Plague in India, 1896, 1897 - Volume 3
Year: 1896
Disease focus: Plague
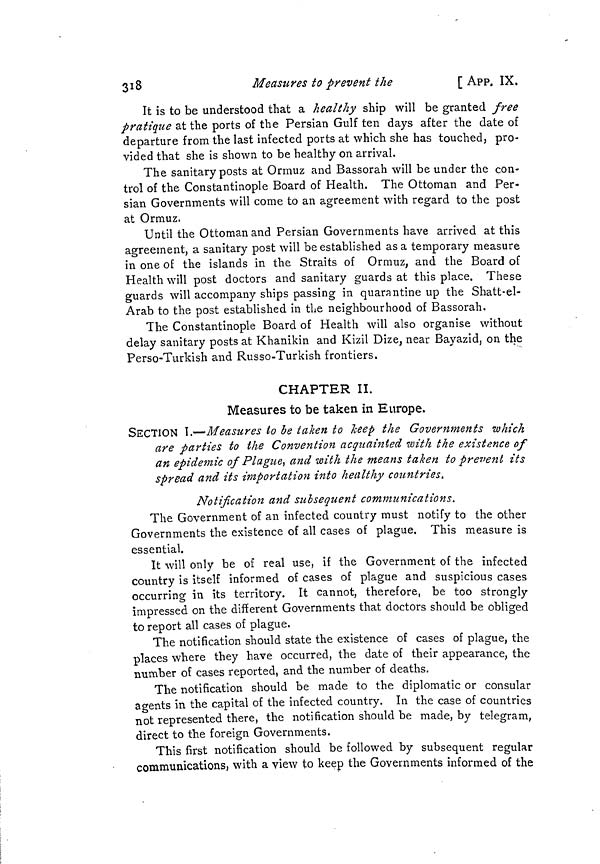
318
Measures to prevent the
[ APP. IX.
It is to be understood that a healthy ship will be granted free
pratique at the ports of the Persian Gulf ten days after the date of
departure from the last infected ports at which she has touched, pro-
vided that she is shown to be healthy on arrival.
The sanitary posts at Ormuz and Bassorah will be under the con-
trol of the Constantinople Board of Health. The Ottoman and Per-
sian Governments will come to an agreement with regard to the post
at Ormuz.
Until the Ottoman and Persian Governments have arrived at this
agreement, a sanitary post will be established as a temporary measure
in one of the islands in the Straits of Ormuz, and the Board of
Health will post doctors and sanitary guards at this place. These
guards will accompany ships passing in quarantine up the Shatt-el-
Arab to the post established in the neighbourhood of Bassorah.
The Constantinople Board of Health will also organise without
delay sanitary posts at Khanikin and Kizil Dize, near Bayazid, on the
Perso-Turkish and Russo-Turkish frontiers.
CHAPTER II.
Measures to be taken in Europe.
SECTION 1.—Measures to be taken to keep the Governments which
are parties to the Convention acquainted with the existence of
an epidemic of Plague, and with the means taken to prevent its
spread and its importation into healthy countries.
Notification and subsequent communications.
The Government of an infected country must notify to the other
Governments the existence of all cases of plague. This measure is
essential.
It will only be of real use, if the Government of the infected
country is itself informed of cases of plague and suspicious cases
occurring in its territory. It cannot, therefore, be too strongly
impressed on the differnt Governments that doctors should be obliged
to report all cases of plague.
The notification should state the existence of cases of plague, the
places where they have occurred, the date of their appearance, the
number of cases reported, and the number of deaths.
The notification should be made to the diplomatic or consular
agents in the capital of the infected country. In the case of countries
not represented there, the notification should be made, by telegram,
direct to the foreign Governments.
This first notification should be followed by subsequent regular
communications, with a view to keep the Governments informed of the